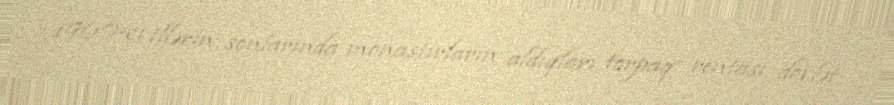
1960-cı illərin sonlarında monastırların aldıqları torpaq rentası dövlət